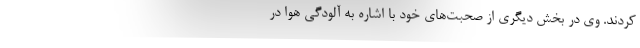
کردند. وی در بخش دیگری از صحبت‌های خود با اشاره به آلودگی هوا در